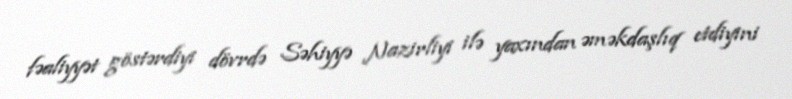
fəaliyyət göstərdiyi dövrdə Səhiyyə Nazirliyi ilə yaxından əməkdaşlıq etdiyini